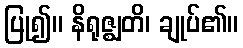
ပြု၍။ နိရုဇ္ဈတိ၊ ချုပ်၏။